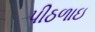
પીઠળાઇ